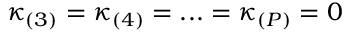
\kappa _ { ( 3 ) } = \kappa _ { ( 4 ) } = . . . = \kappa _ { ( P ) } = 0